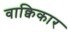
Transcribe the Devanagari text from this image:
वाक्विकार